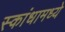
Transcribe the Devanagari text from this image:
स्कांधामध्ये